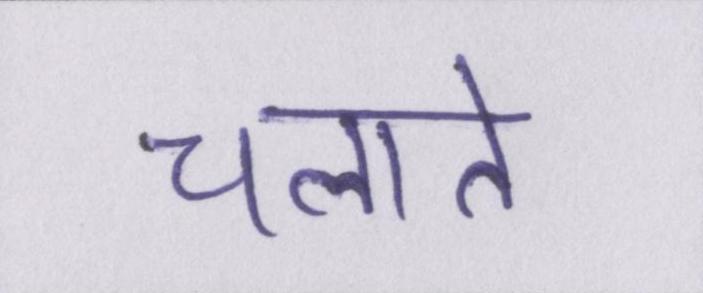
चलाते